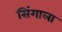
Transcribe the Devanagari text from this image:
सिंगाला